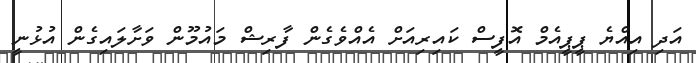
އަދި އިއްޔެ ޕީޕީއެމް އޮފީސް ކައިރިއަށް އެއްވެގެން ފާރިޝް މައުމޫން ވަށާލައިގެން އުޅުނީ